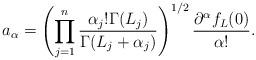
LaTeX: \begin{align*}a_{\alpha}=\left(\prod_{j=1}^n \frac{\alpha_j!\Gamma(L_j)}{\Gamma(L_j+\alpha_j)}\right)^{1/2}\frac{\partial^{\alpha}f_L(0)}{\alpha!}.\end{align*}